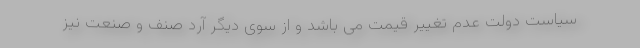
سیاست دولت عدم تغییر قیمت می باشد و از سوی دیگر آرد صنف و صنعت نیز